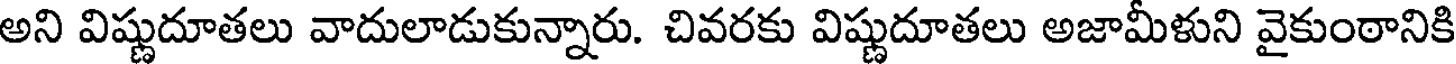
అని విష్ణుదూతలు వాదులాడుకున్నారు. చివరకు విష్ణుదూతలు అజామీళుని వైకుంఠానికి